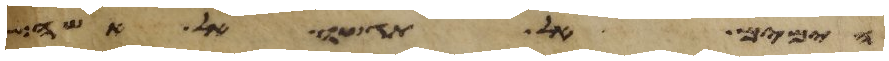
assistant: הימים אל תגשו אל אשה